Civil Veterinary Department Bengal reports 1923-33 - 1923-1933
Year: 1923
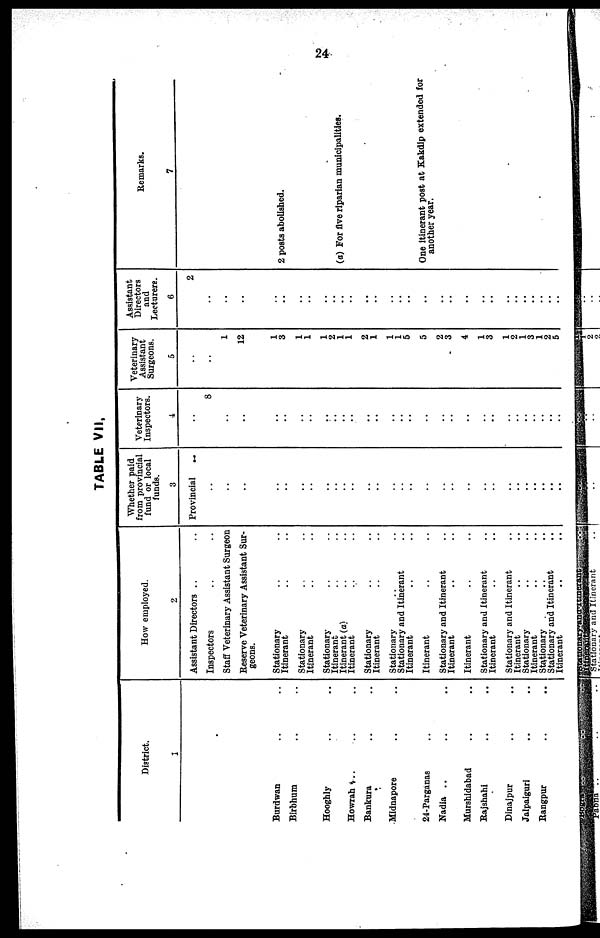
24
TABLE VII,
District.
2
Burdwan .. ..
Birbhum .. ..
Hooghly .. ..
Howrah .. .. ..
Bankura .. ..
Midnapore .. ..
24-Parganas ..
Nadia .. .. ..
Murshidabad .. ..
Rajshahi .. ..
Dinajpur .. ..
Jalpaiguri .. ..
Rangpur .. ..
How employed.
2
Assistant Directors .. ..
Inspectors .. ..
Staff Veterinary Assistant Surgeon
Reserve Veterinary Assistant Sur-
geons.
Stationary .. ..
Itinerant .. ..
Stationary .. ..
Itinerant .. ..
Stationary .. ..
Itinerant .. ..
Itinerant (a) .. ..
Itinerant
Stationary .. ..
Itinerant .. ..
Stationary .. ..
Stationary and Itinerant ..
Itinerant .. ..
Itinerant .. ..
Stationary and Itinerant ..
Itinerant .. ..
Itinerant .. ..
Stationary and Itinerant ..
Itinerant .. ..
Stationary and Itinerant ..
Itinerant .. ..
Stationary .. ..
Itinerant .. ..
Stationary .. ..
Stationary and Itinerant ..
Itinerant .. ..
Whether paid
from provincial
fund or local
funds.
3
Provincial ..
..
..
..
..
..
..
..
..
..
..
..
..
..
..
..
..
..
..
..
..
..
..
..
..
..
..
..
..
Veterinary
Inspectors.
4
..
8
..
..
..
..
..
..
..
..
..
..
..
..
..
..
..
..
..
..
..
..
..
..
..
..
..
..
..
Veterinary
Assistant
Surgeons.
5
..
..
1
12
1
3
1
1
1
2
1
1
2
1
1
1
5
5
2
3
4
1
3
1
2
1
3
1
2
5
Assistant
Directors
and
Lecturers.
6
2
..
..
..
..
..
..
..
..
..
..
..
..
..
..
..
..
..
..
..
..
..
..
..
..
..
..
..
..
..
Remarks.
7
2 posts abolished.
(a) For five riparian municipalities.
One itinerant post at Kakdip extended for
another year.